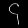
Digit: ၄